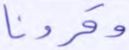
وقرونا